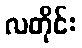
လတိုင်း